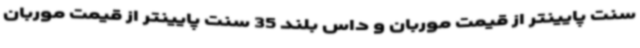
سنت پایینتر از قیمت موربان و داس بلند 35 سنت پایینتر از قیمت موربان